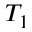
T _ { 1 }